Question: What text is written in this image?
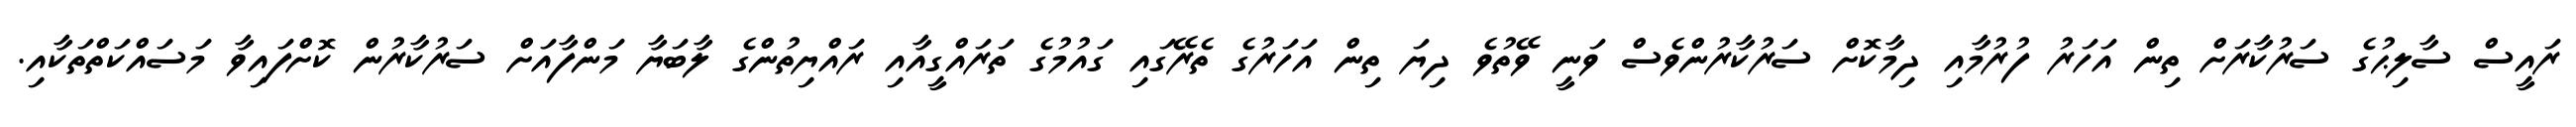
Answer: ރައީސް ސާލިޙުގެ ސަރުކާރަށް ތިން އަހަރު ފުރުމާއި ދިމާކޮށް ސަރުކާރުންވެސް ވަނީ ވޭތުވެ ދިޔަ ތިން އަހަރުގެ ތެރޭގައި ގައުމުގެ ތަރައްގީއާއި ރައްޔިތުންގެ ލާބަޔާ މަންފާއަށް ސަރުކާރުން ކޮށްފައިވާ މަސައްކަތްތަކާއި.